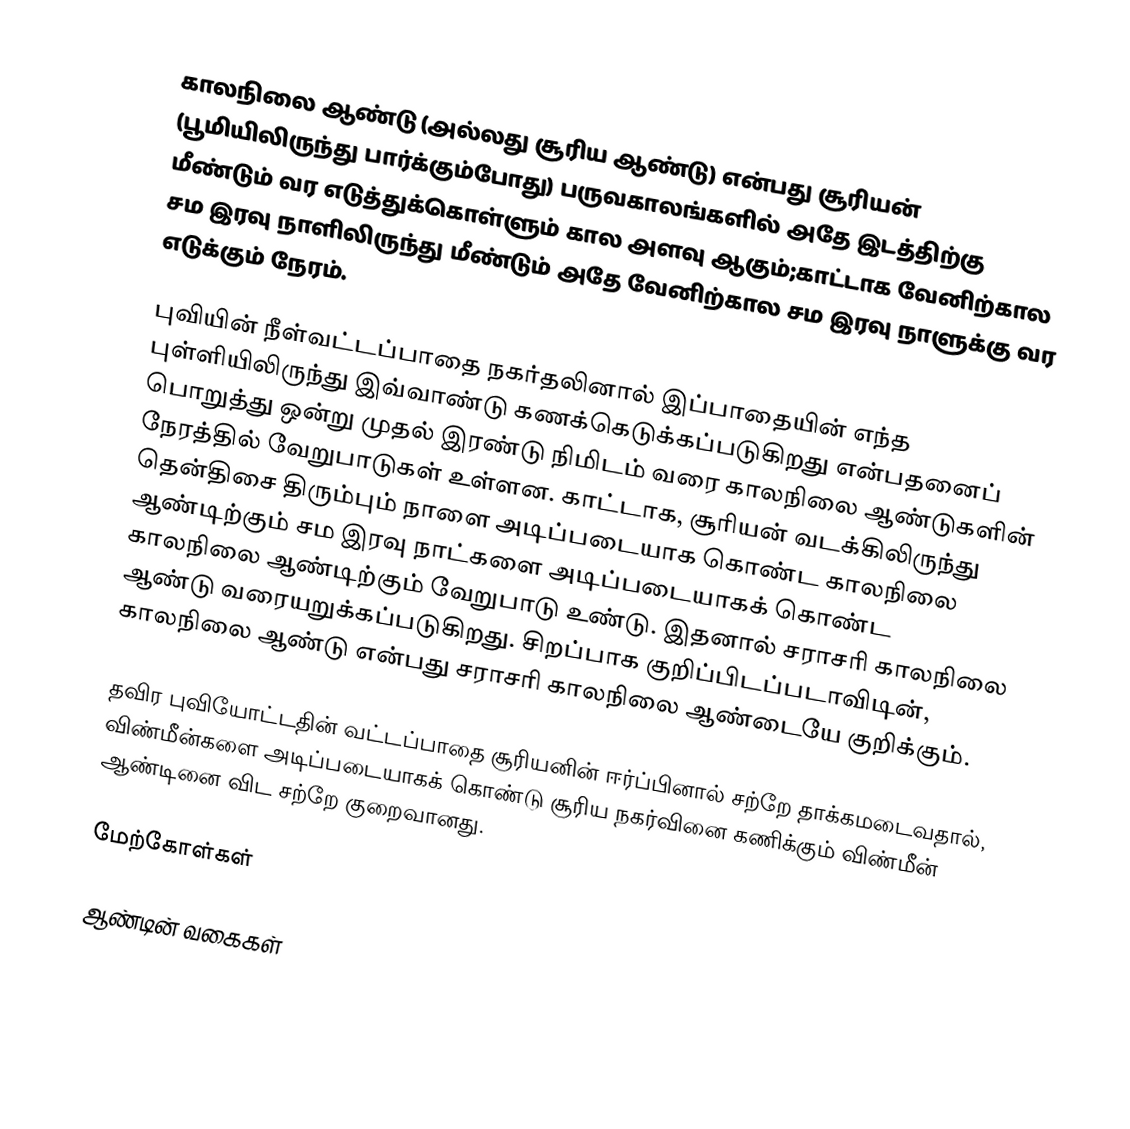
காலநிலை ஆண்டு (அல்லது  சூரிய ஆண்டு) என்பது சூரியன் (பூமியிலிருந்து பார்க்கும்போது) பருவகாலங்களில் அதே இடத்திற்கு மீண்டும் வர எடுத்துக்கொள்ளும் கால அளவு ஆகும்;காட்டாக வேனிற்கால சம இரவு நாளிலிருந்து மீண்டும் அதே வேனிற்கால சம இரவு நாளுக்கு வர எடுக்கும் நேரம்.

புவியின் நீள்வட்டப்பாதை நகர்தலினால் இப்பாதையின் எந்த புள்ளியிலிருந்து இவ்வாண்டு கணக்கெடுக்கப்படுகிறது என்பதனைப் பொறுத்து ஒன்று முதல் இரண்டு நிமிடம் வரை காலநிலை ஆண்டுகளின் நேரத்தில் வேறுபாடுகள் உள்ளன. காட்டாக, சூரியன் வடக்கிலிருந்து தென்திசை திரும்பும் நாளை அடிப்படையாக கொண்ட காலநிலை ஆண்டிற்கும் சம இரவு நாட்களை அடிப்படையாகக் கொண்ட காலநிலை ஆண்டிற்கும் வேறுபாடு உண்டு. இதனால் சராசரி காலநிலை ஆண்டு வரையறுக்கப்படுகிறது. சிறப்பாக குறிப்பிடப்படாவிடின், காலநிலை ஆண்டு என்பது சராசரி காலநிலை ஆண்டையே குறிக்கும்.

தவிர புவியோட்டதின் வட்டப்பாதை சூரியனின் ஈர்ப்பினால் சற்றே தாக்கமடைவதால், விண்மீன்களை அடிப்படையாகக் கொண்டு சூரிய நகர்வினை கணிக்கும் விண்மீன் ஆண்டினை விட சற்றே குறைவானது.

மேற்கோள்கள்

ஆண்டின் வகைகள்